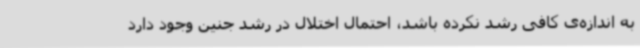
به اندازه‌ی کافی رشد نکرده باشد، احتمال اختلال در رشد جنین وجود دارد